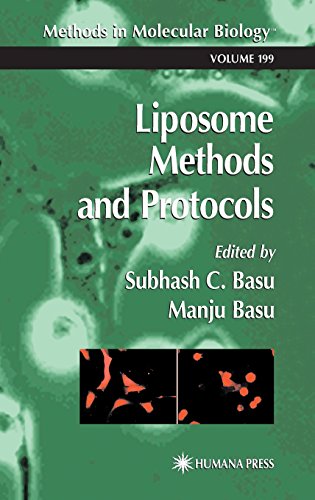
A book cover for Liposome Methods and Protocols (Methods in Molecular Biology); Medical Books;